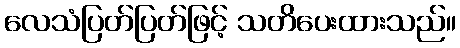
လေသံပြတ်ပြတ်ဖြင့် သတိပေးထားသည်။